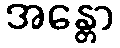
အန္တော